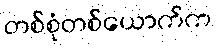
တစ်စုံတစ်ယောက်က